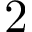
2